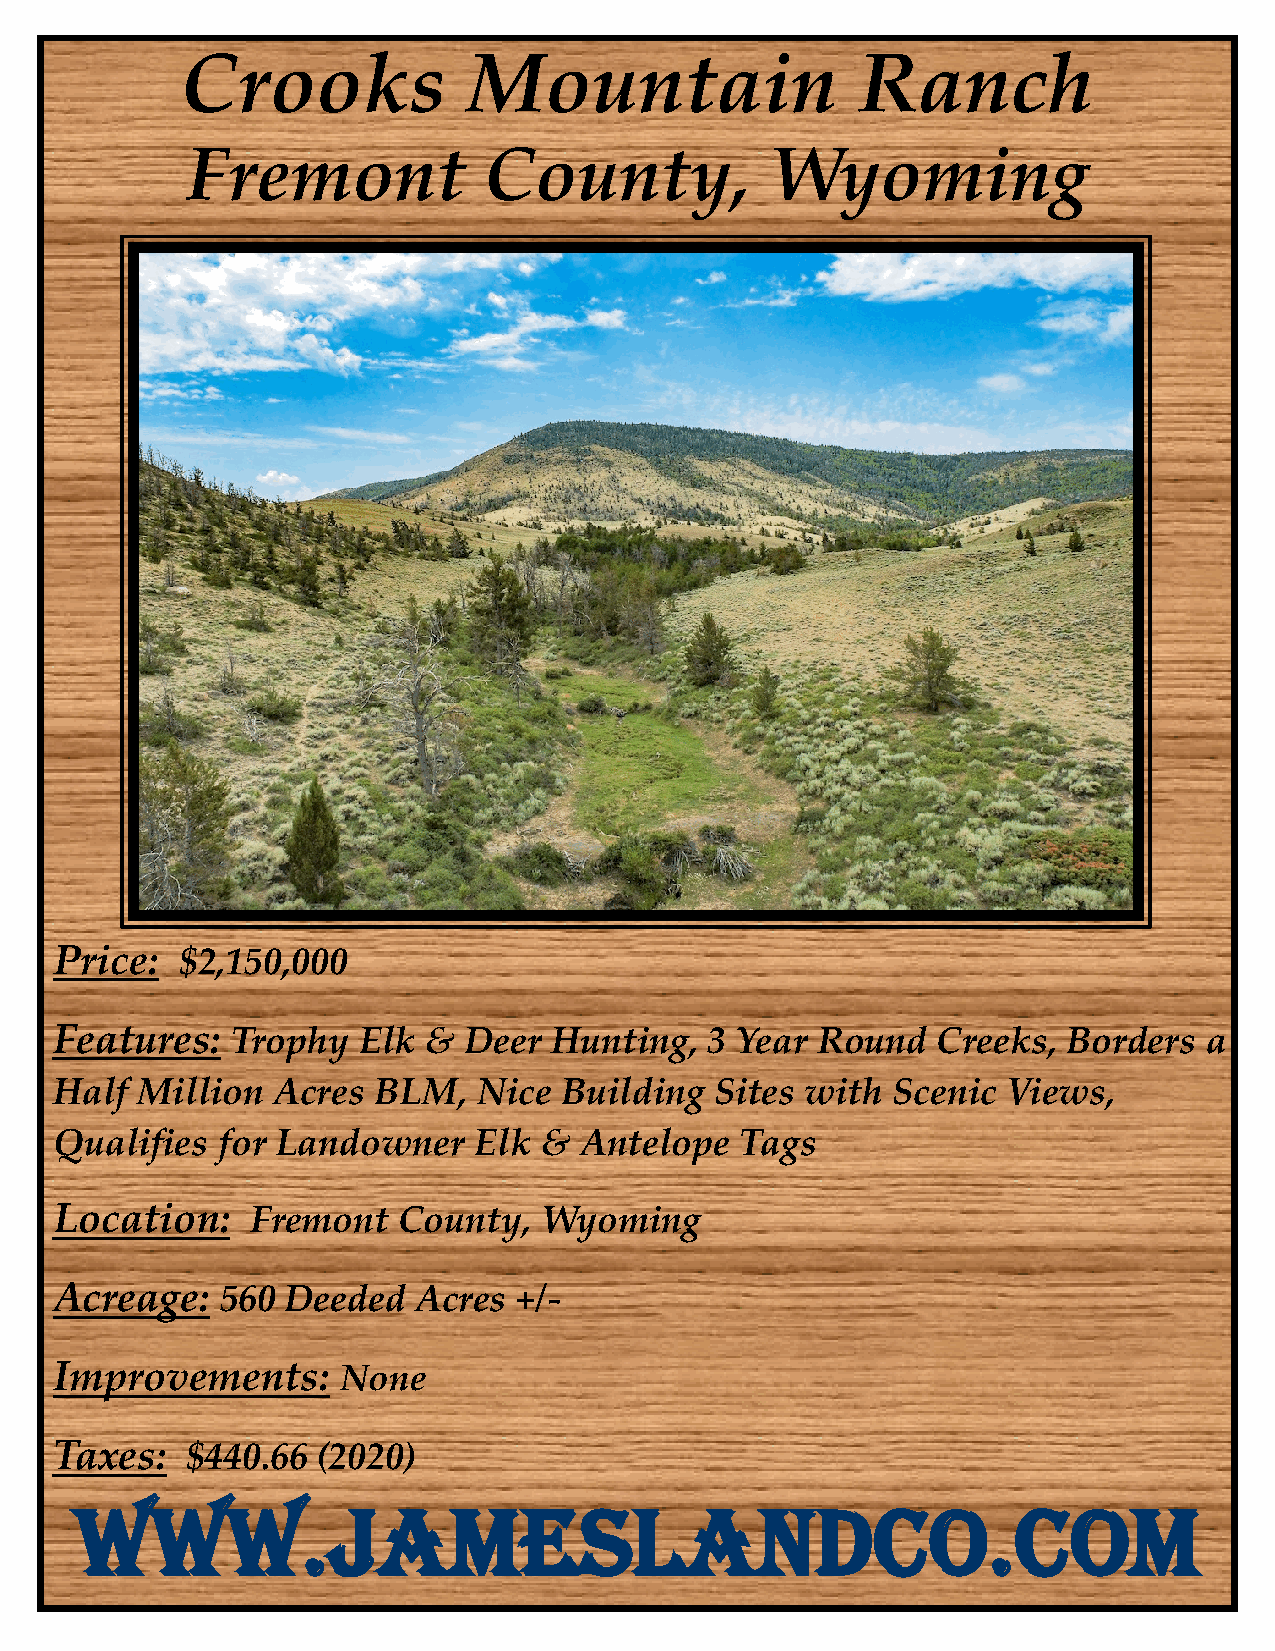
Crooks             Mountain                  Ranch
 Fremont             County,            Wyoming
 Price:   $2,150,000
 Features:   Trophy   Elk &  Deer  Hunting,  3 Year Round   Creeks,  Borders  a
 Half  Million  Acres  BLM,   Nice Building  Sites with  Scenic  Views,
 Qualifies  for Landowner    Elk  & Antelope   Tags
 Location:     Fremont  County,   Wyoming
 Acreage:    560 Deeded   Acres +/-
 Improvements:       None
 Taxes:   $440.66  (2020)
 www.jameslandco.com